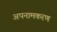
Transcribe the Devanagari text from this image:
अपनामकरण